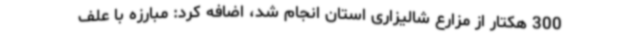
300 هکتار از مزارع شالیزاری استان انجام شد، اضافه کرد: مبارزه با علف